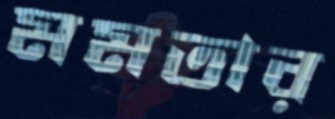
মমতার